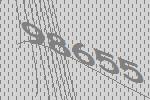
98655